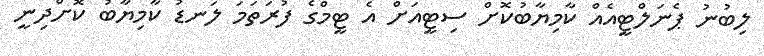
ލިބުނު ޕެނަލްޓީއެއް ކާމިޔާބުކޮށް ސިޓީއަށް އެ ޓީމްގެ ފުރަތަމަ ލަނޑު ކާމިޔާބު ކޮށްދިނީ